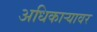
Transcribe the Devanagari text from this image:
अधिकार्‍यावर